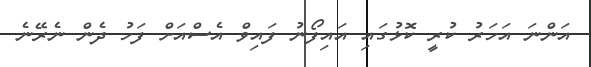
އަންނަ އަހަރު ކުރީ ކޮޅުގައި އައިފޯނު ފައިވް އެސްއަށް ފަހު ދެން ނެރޭނެ